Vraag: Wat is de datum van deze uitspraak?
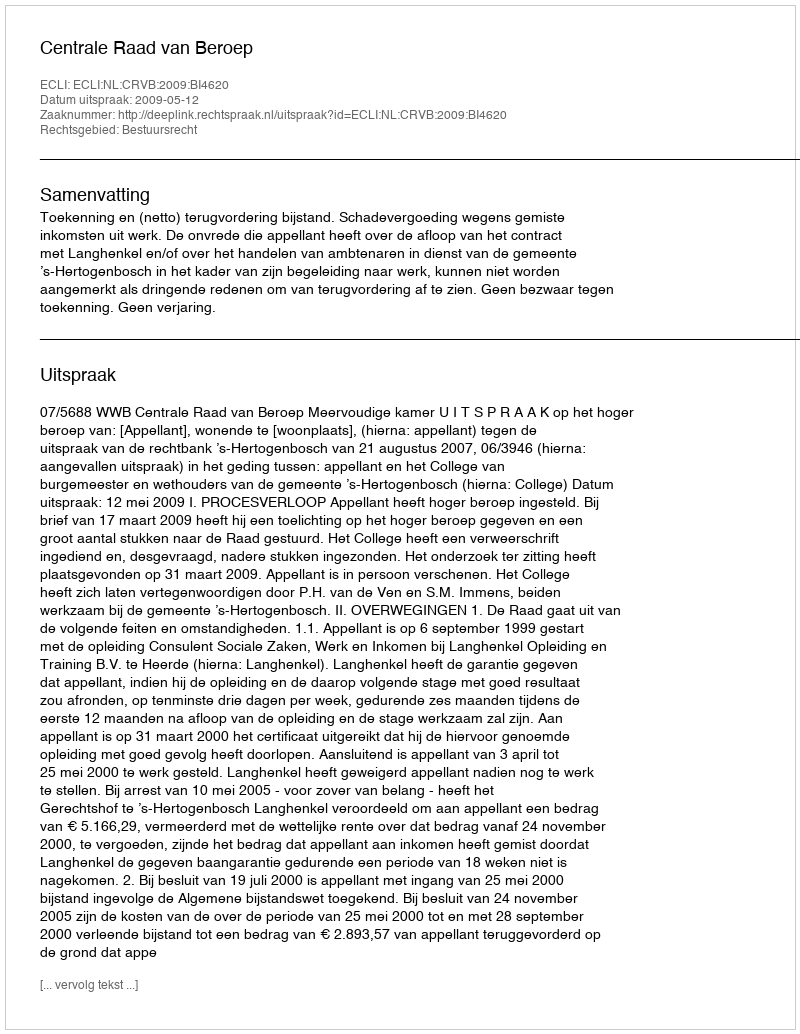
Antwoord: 2009-05-12